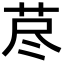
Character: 荩